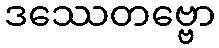
ဒဿေတဗ္ဗော